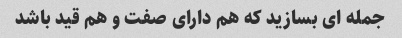
جمله ای بسازید که هم دارای صفت و هم قید باشد